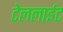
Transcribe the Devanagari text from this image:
टेललाईट